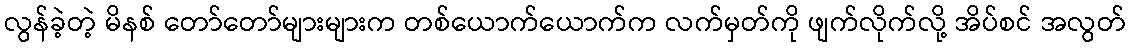
လွန်ခဲ့တဲ့ မိနစ် တော်တော်များများက တစ်ယောက်ယောက်က လက်မှတ်ကို ဖျက်လိုက်လို့ အိပ်စင် အလွတ်